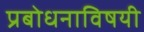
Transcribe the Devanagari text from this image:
प्रबोधनाविषयी